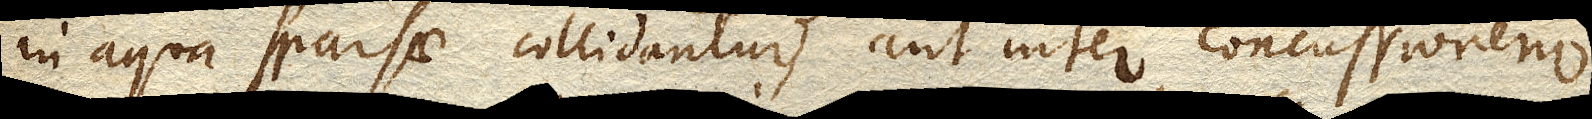
in aqua sparsae collidantur, aut inter concussionem